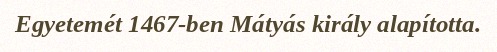
Egyetemét 1467-ben Mátyás király alapította.